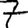
Digit: 7